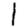
Digit: 1